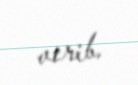
verib.